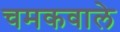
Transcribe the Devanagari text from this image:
चमकवाले